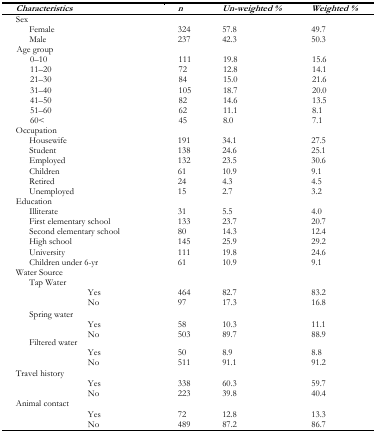
| Characteristics | n | Un-weighted % | Weighted % |
 | --- | --- | --- | --- |
 | Sex |  |  |  |
 | Female | 324 | 57.8 | 49.7 |
 | Male | 237 | 42.3 | 50.3 |
 | Age group |  |  |  |
 | 0–10 | 111 | 19.8 | 15.6 |
 | 11–20 | 72 | 12.8 | 14.1 |
 | 21–30 | 84 | 15.0 | 21.6 |
 | 31–40 | 105 | 18.7 | 20.0 |
 | 41–50 | 82 | 14.6 | 13.5 |
 | 51–60 | 62 | 11.1 | 8.1 |
 | 60< | 45 | 8.0 | 7.1 |
 | Occupation |  |  |  |
 | Housewife | 191 | 34.1 | 27.5 |
 | Student | 138 | 24.6 | 25.1 |
 | Employed | 132 | 23.5 | 30.6 |
 | Children | 61 | 10.9 | 9.1 |
 | Retired | 24 | 4.3 | 4.5 |
 | Unemployed | 15 | 2.7 | 3.2 |
 | Education |  |  |  |
 | Illiterate | 31 | 5.5 | 4.0 |
 | First elementary school | 133 | 23.7 | 20.7 |
 | Second elementary school | 80 | 14.3 | 12.4 |
 | High school | 145 | 25.9 | 29.2 |
 | University | 111 | 19.8 | 24.6 |
 | Children under 6-yr | 61 | 10.9 | 9.1 |
 | Water Source |  |  |  |
 | Tap Water |  |  |  |
 | Yes | 464 | 82.7 | 83.2 |
 | No | 97 | 17.3 | 16.8 |
 | Spring water |  |  |  |
 | Yes | 58 | 10.3 | 11.1 |
 | No | 503 | 89.7 | 88.9 |
 | Filtered water |  |  |  |
 | Yes | 50 | 8.9 | 8.8 |
 | No | 511 | 91.1 | 91.2 |
 | Travel history |  |  |  |
 | Yes | 338 | 60.3 | 59.7 |
 | No | 223 | 39.8 | 40.4 |
 | Animal contact |  |  |  |
 | Yes | 72 | 12.8 | 13.3 |
 | No | 489 | 87.2 | 86.7 |